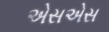
એસએસ